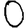
Digit: 0